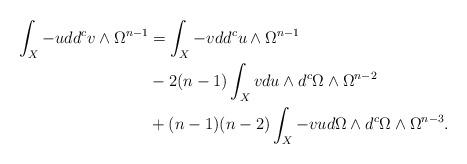
LaTeX: \begin{align*}\begin{aligned}\int_X -u dd^c v \wedge \Omega^{n-1}&=\int_X -v dd^c u \wedge \Omega^{n-1}\\ &-2(n-1) \int_X v du \wedge d^c \Omega \wedge \Omega^{n-2}\\&+ (n-1)(n-2)\int_X -v u d\Omega \wedge d^c \Omega\wedge \Omega^{n-3}.\end{aligned}\end{align*}